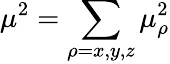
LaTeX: \mu^{2}=\sum_{\rho=x,y,z}\mu_{\rho}^{2}